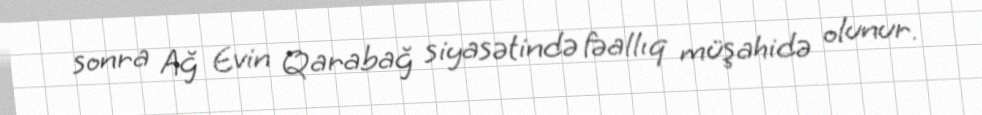
sonra Ağ Evin Qarabağ siyasətində fəallıq müşahidə olunur.